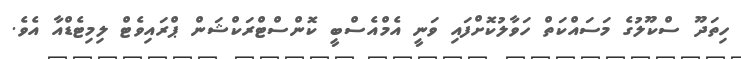
ހިތަދޫ ސްކޫލުގެ މަސައްކަތް ހަވާލުކޮށްފައި ވަނީ އެމްއެސްބީ ކޮންސްޓްރަކްޝަން ޕްރައިވެޓް ލިމިޓެޑްއާ އެވެ.